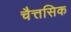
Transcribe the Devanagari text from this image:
चैत्तसिक